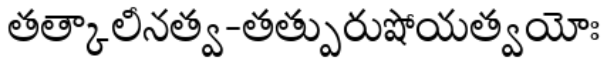
తత్కాలీనత్వ-తత్పురుషోయత్వయోః